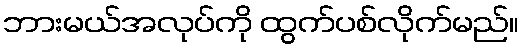
ဘားမယ်အလုပ်ကို ထွက်ပစ်လိုက်မည်။